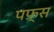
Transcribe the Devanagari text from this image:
पफ़्स